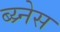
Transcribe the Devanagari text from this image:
ब्य्र्नेस